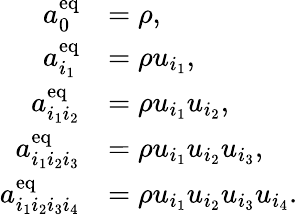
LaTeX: \begin{array}{rl}{a_{0}^{\mathrm{eq}}}&{=\rho,}\\ {a_{i_{1}}^{\mathrm{eq}}}&{=\rho u_{i_{1}},}\\ {a_{i_{1}i_{2}}^{\mathrm{eq}}}&{=\rho u_{i_{1}}u_{i_{2}},}\\ {a_{i_{1}i_{2}i_{3}}^{\mathrm{eq}}}&{=\rho u_{i_{1}}u_{i_{2}}u_{i_{3}},}\\ {a_{i_{1}i_{2}i_{3}i_{4}}^{\mathrm{eq}}}&{=\rho u_{i_{1}}u_{i_{2}}u_{i_{3}}u_{i_{4}}.}\end{array}